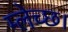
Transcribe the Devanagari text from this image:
म्लेच्छ।